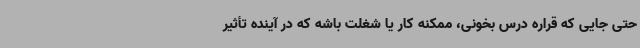
حتی جایی که قراره درس بخونی، ممکنه کار یا شغلت باشه که در آینده تأثیر